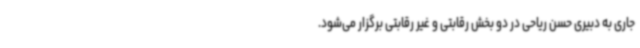
جاری به دبیری حسن ریاحی در دو بخش رقابتی و غیر رقابتی برگزار می‌شود.